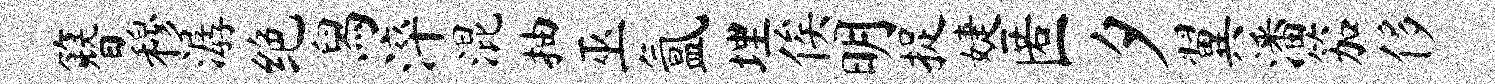
簪穆潺绝舄淬混抽巫氲埋俟明捉婕匿夕翼潘笳侈